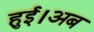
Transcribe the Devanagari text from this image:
हुई।अब